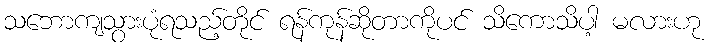
သဘောကျသွားပုံရသည့်တိုင် ရန်ကုန်ဆိုတာကိုပင် သိကောသိပါ့ မလားဟု